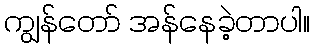
ကျွန်တော် အန်နေခဲ့တာပါ။